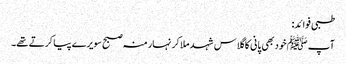
طبی فوائد:
آپ ﷺ خود بھی پانی کا گلاس شہد ملا کر نہار منہ صبح سویرے پیا کرتے تھے۔